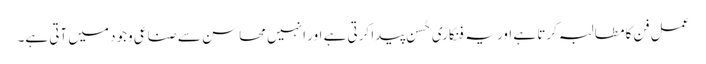
عمل فن کا مطالبہ کرتا ہے اور یہ فنکاری حُسن پیدا کرتی ہے اور ا نہیں محاسن سے صناعی وجود میں آتی ہے۔